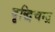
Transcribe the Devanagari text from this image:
वृद्धिचन्द्र